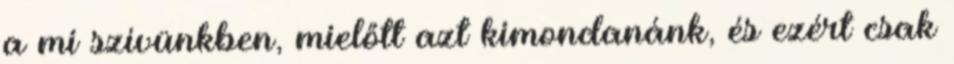
a mi szívünkben, mielőtt azt kimondanánk, és ezért csak